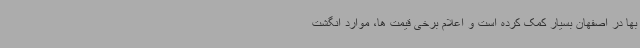
بها در اصفهان بسیار کمک کرده است و اعلام برخی قیمت ها، موارد انگشت